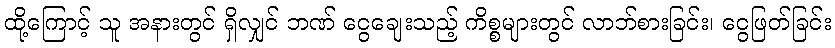
ထို့ကြောင့် သူ အနားတွင် ရှိလျှင် ဘဏ် ငွေချေးသည့် ကိစ္စများတွင် လာဘ်စားခြင်း၊ ငွေဖြတ်ခြင်း